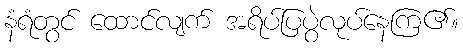
နံရံတွင် ထောင်လျက် အရိပ်ပြပွဲလုပ်နေကြ၏။